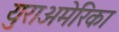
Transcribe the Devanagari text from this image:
युराअमेरिका